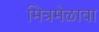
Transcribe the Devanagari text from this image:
मित्रमेळावा